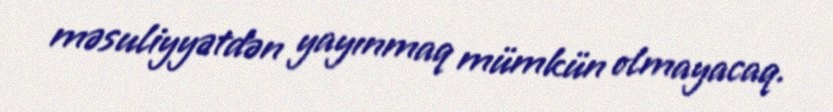
məsuliyyətdən yayınmaq mümkün olmayacaq.